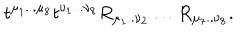
t ^ { \mu _ { 1 } . . . \mu _ { 8 } } t ^ { \nu _ { 1 } . . . \nu _ { 8 } } R _ { \mu _ { 1 } . . \nu _ { 2 } } \ldots R _ { \mu _ { 7 } . . \nu _ { 8 } } .